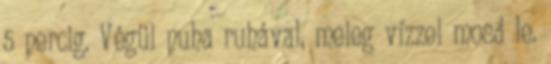
5 percig. Végül puha ruhával, meleg vízzel mosd le.